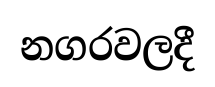
නගරවලදී